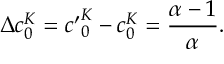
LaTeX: \Delta c _ { 0 } ^ { K } = { c ^ { \prime } } _ { 0 } ^ { K } - c _ { 0 } ^ { K } = \frac { \alpha - 1 } { \alpha } .